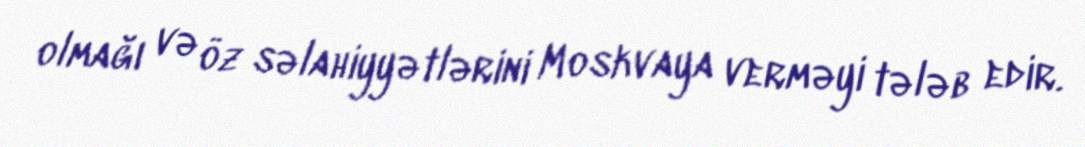
olmağı və öz səlahiyyətlərini Moskvaya verməyi tələb edir.